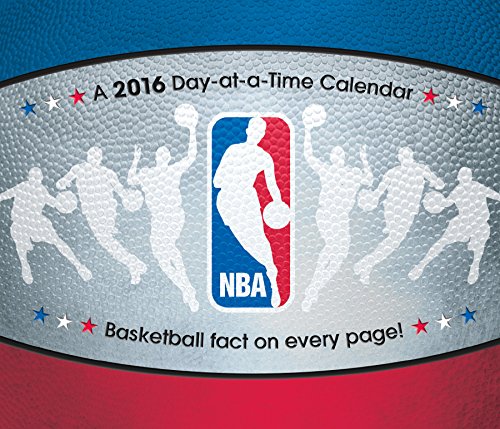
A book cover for NBA Day At A Time 2016 Box Calendar; Trends International; Calendars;